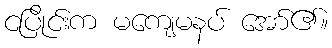
ငပြိုင်းက မကျေမနပ် အော်၏။